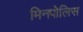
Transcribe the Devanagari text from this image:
मिनपोलिस